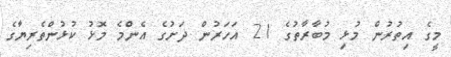
މީގެ އިތުރުން މުޅި މުބާރާތުގެ 21 އަހަރުން ދަށުގެ އެންމެ މޮޅު ކުޅުންތެރިޔާގެ